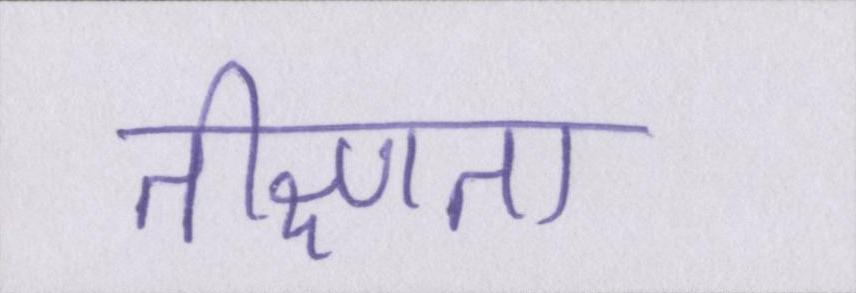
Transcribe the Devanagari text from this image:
तीक्ष्णता